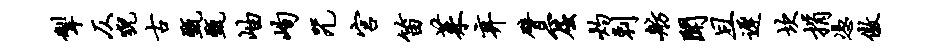
掣仄猊古甄甄岫峋咒宫笛茱弃臂窟灼剌舫闻且迟坎捐凭傲